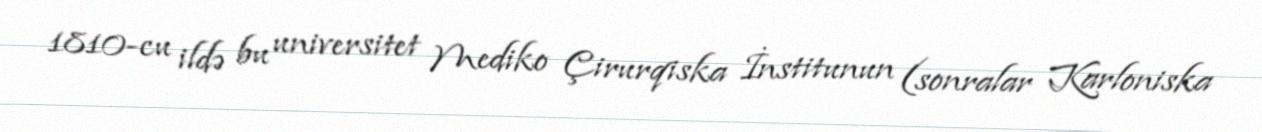
1810-cu ildə bu universitet Mediko Çirurqiska İnstitunun (sonralar Karloniska